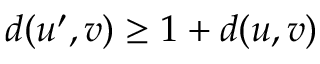
d ( u ^ { \prime } , v ) \geq 1 + d ( u , v )